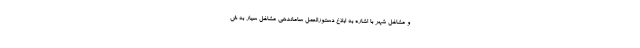
و مشاغل شهر با اشاره به ابلاغ دستورالعمل ساماندهی مشاغل سیار به ش